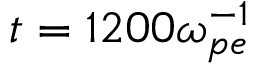
t = 1 2 0 0 \omega _ { p e } ^ { - 1 }